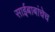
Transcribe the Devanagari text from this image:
साईबाबांचेच